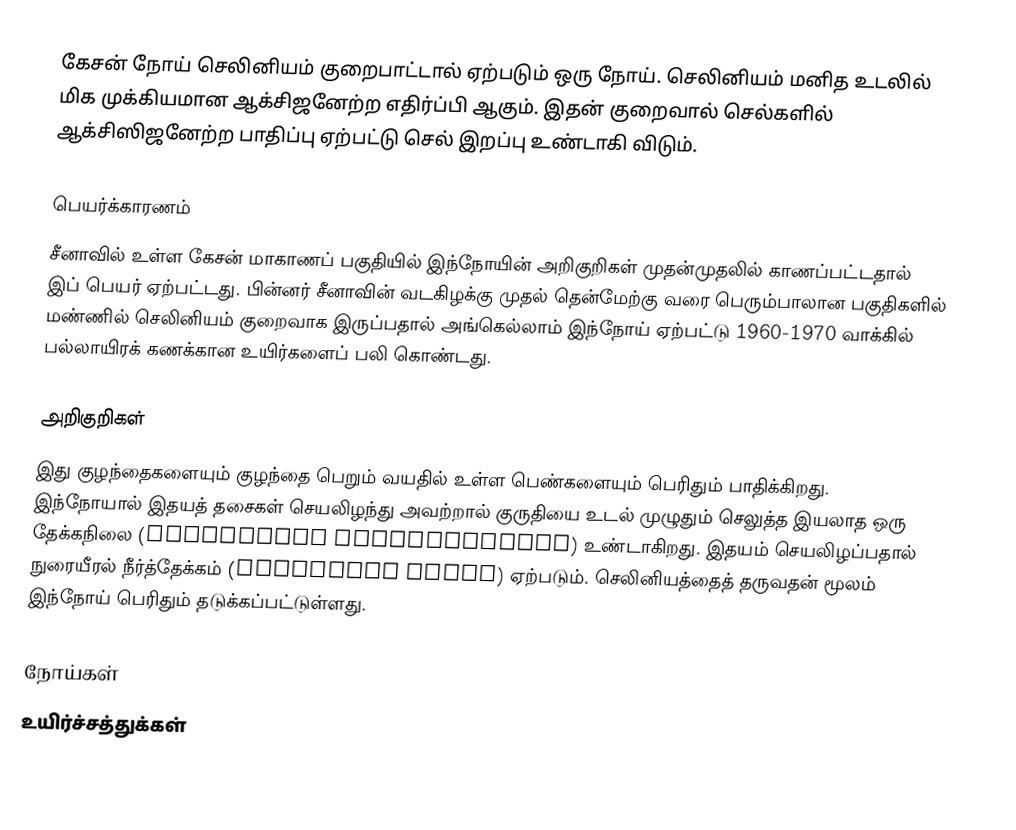
கேசன் நோய் செலினியம் குறைபாட்டால் ஏற்படும் ஒரு நோய். செலினியம் மனித உடலில் மிக முக்கியமான ஆக்சிஜனேற்ற எதிர்ப்பி ஆகும். இதன் குறைவால் செல்களில் ஆக்சிஸிஜனேற்ற பாதிப்பு ஏற்பட்டு செல் இறப்பு உண்டாகி விடும்.

பெயர்க்காரணம்
சீனாவில் உள்ள கேசன் மாகாணப் பகுதியில் இந்நோயின் அறிகுறிகள் முதன்முதலில் காணப்பட்டதால் இப் பெயர் ஏற்பட்டது. பின்னர் சீனாவின் வடகிழக்கு முதல் தென்மேற்கு வரை பெரும்பாலான பகுதிகளில்  மண்ணில் செலினியம் குறைவாக இருப்பதால் அங்கெல்லாம் இந்நோய் ஏற்பட்டு 1960-1970 வாக்கில் பல்லாயிரக் கணக்கான உயிர்களைப் பலி கொண்டது.

அறிகுறிகள்
இது குழந்தைகளையும் குழந்தை பெறும் வயதில் உள்ள பெண்களையும் பெரிதும் பாதிக்கிறது. இந்நோயால் இதயத் தசைகள் செயலிழந்து அவற்றால் குருதியை உடல் முழுதும் செலுத்த இயலாத ஒரு தேக்கநிலை  (congestive cardiomyopaty) உண்டாகிறது. இதயம் செயலிழப்பதால் நுரையீரல் நீர்த்தேக்கம் (pulmonary edema) ஏற்படும். செலினியத்தைத் தருவதன் மூலம் இந்நோய் பெரிதும் தடுக்கப்பட்டுள்ளது.

நோய்கள்
உயிர்ச்சத்துக்கள்